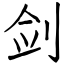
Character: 剑